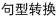
句型转换